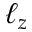
\ell _ { z }